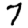
Digit: 7